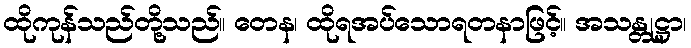
ထိုကုန်သည်တို့သည်။ တေန၊ ထိုရအပ်သောရတနာဖြင့်။ အသန္တုဋ္ဌာ၊